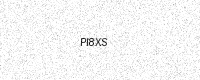
Text: PI8XS